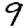
Digit: 9